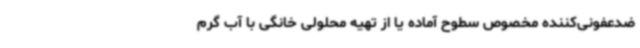
ضدعفونی‌کننده مخصوص سطوح آماده یا از تهیه محلولی خانگی با آب‌ گرم